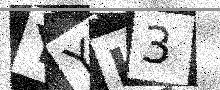
Text: YYH3